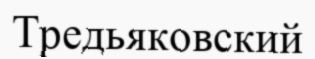
Тредьяковский